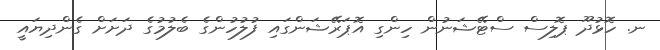
ނ. ހޮޅުދޫ ޕޮލިސް ސްޓޭޝަނުން ހިންގި އޮޕަރޭޝަންގައި ފުލުހުންގެ ބެލުމުގެ ދަށަށް ގެންދިޔައީ